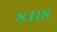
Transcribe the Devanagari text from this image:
८४१८